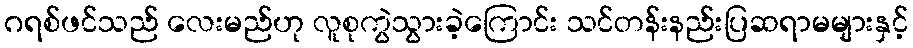
ဂရစ်ဖင်သည် လေးမည်ဟု လူစုကွဲသွားခဲ့ကြောင်း သင်တန်းနည်းပြဆရာမများနှင့်